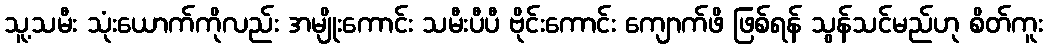
သူ့သမီး သုံးယောက်ကိုလည်း အမျိုးကောင်း သမီးပီပီ ဗိုင်းကောင်း ကျောက်ဖိ ဖြစ်ရန် သွန်သင်မည်ဟု စိတ်ကူး